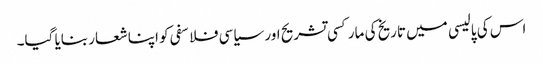
اس کی پالیسی میں تاریخ کی مارکسی تشریح اور سیاسی فلاسفی کو اپنا شعار بنایا گیا۔